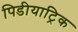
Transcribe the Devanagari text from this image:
पिडीयाट्रिक